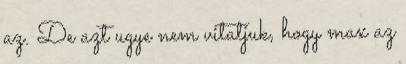
az. De azt ugye nem vitatjuk, hogy max az